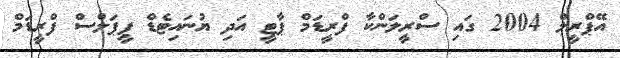
އޭޕްރީލް 2004 ގައި ސްރީލަންކާ ފްރީޑަމް ޕާޓީ އަދި ޔުނައިޓެޑް ޕީޕަލްސް ފްރީޑަމް